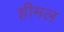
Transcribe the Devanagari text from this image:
हीमल